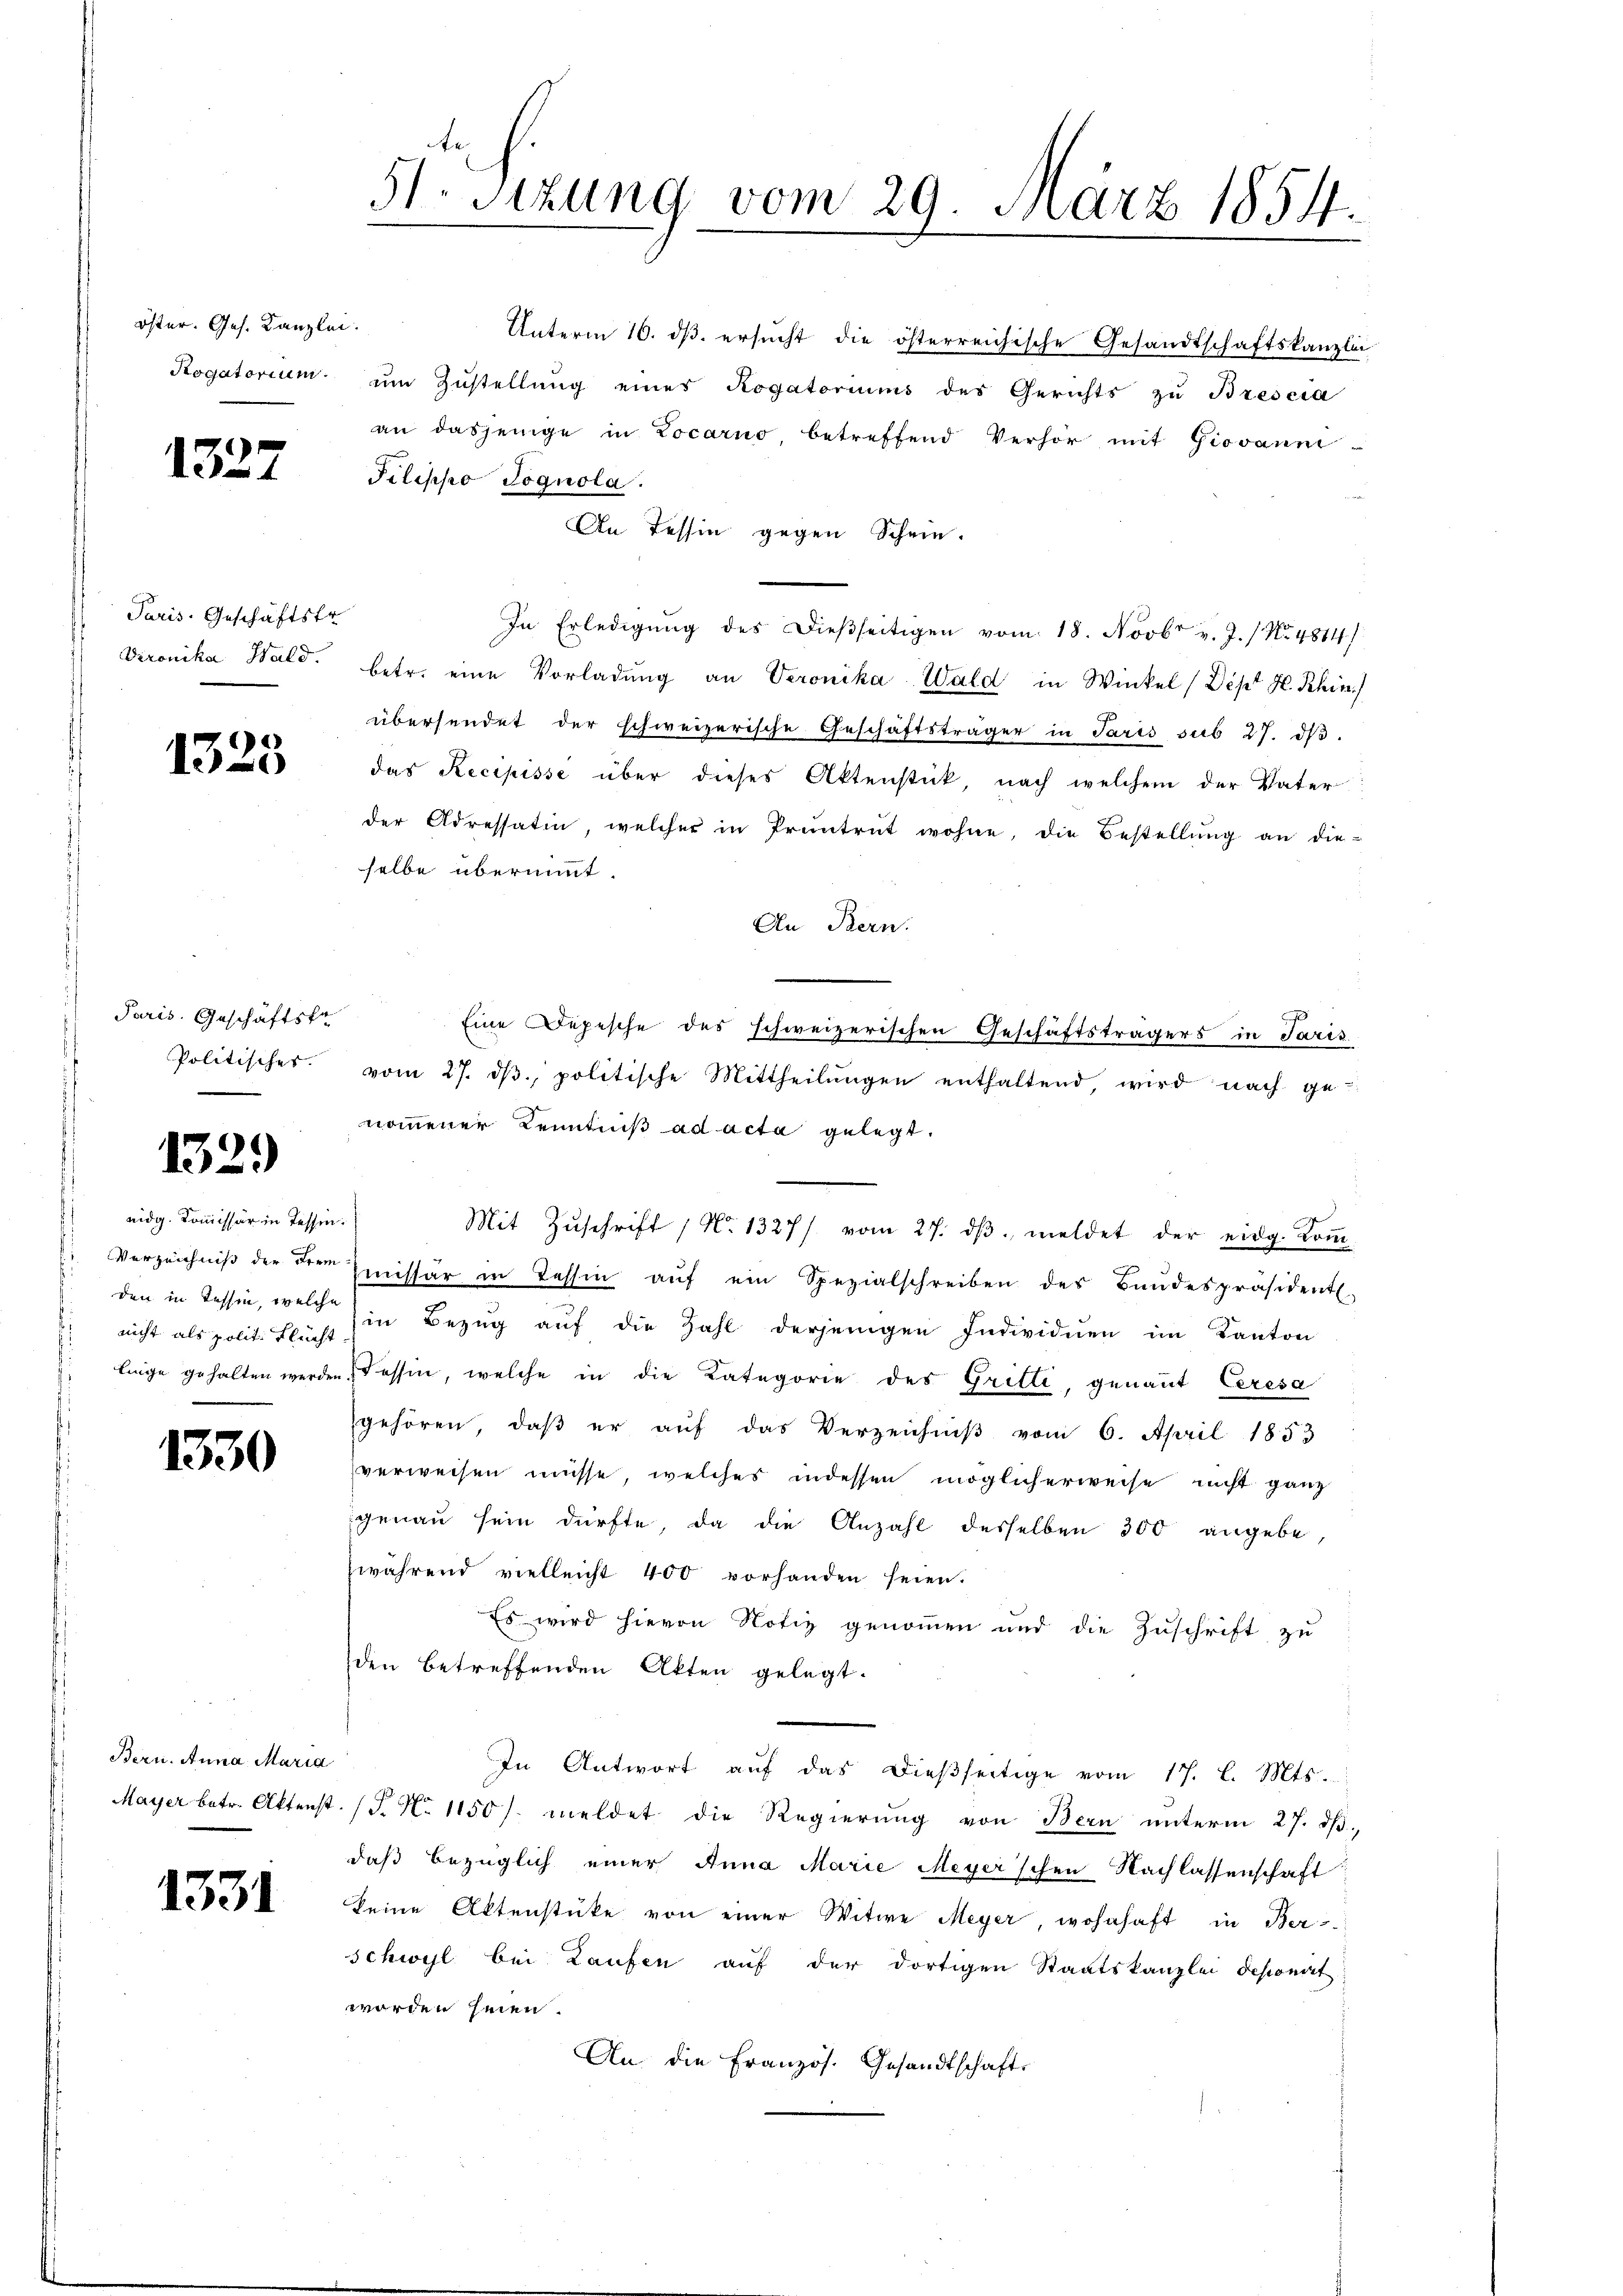
öster. Ges. Kanzlei.
Rogatorium

1327

Paris. Geschäftsfr.
Dironika Wald.

1325

Paris. Geschäftsfe
Politisches.

1329

eidg. Kommissär in Tessin.
Verzeichniß der Fremden in Tessin, welche
nicht als polit. Flucht
linge gehalten werden

1330

Bern. Anna Maria
Mayer betr. Aktenst

1331

51. Stzung vom 29. März 1854.

an dasjenige in Locarno, betreffend Verhör mit Giovann-
Pilippo Jognola.
An Tessin gegen Schein.
In Erledigung des dießseitigen vom 18. Novbr v. J. / No. 4814/
betr. eine Vorladung an Veronika Wald in Winkel (Dept H. Rhin)
übersendet der schweizerische Geschäftsträger in Paris sub 27. dβ.
das Recipisse über dieses Aktenstück, nach welchem der Vater
der Adressatin, welcher in Pruntrut wohne, die Bestellŭng an die-
selbe übernimmt.
An Bern.
Eine Depesche des schweizerischen Geschäftsträgers in Paris
vom 27. dβ. politische Mittheilŭngen enthaltend, wird nach ge-
nommener Kenntniß ad acta gelegt.
Mit Zŭschrift No 1327/ vom 27. dβ meldet der eidg. Koṁ-
missar in Tessin aŭf ein Spezialschreiben des Bundespräsident
in Bezug auf die Zahl derjenigen Individuen im Kanton
Fessen, welche in die Kategorie des Gritte, genant Ceresa
gehören, daß er auf das Verzeichniβ vom 6. April 1853
verweisen müsse, welches indessen möglicherweise nicht ganz
genau sein dürfte, da die Anzahl desselben 300 angebe
zwährend vielleicht 400 vorhanden seien.
Es wird hievon Notiz genommen und die Zuschrift zu
den betreffenden Akten gelegt.
In Antwort aŭf das dießseitige vom 17. l. Mts.
P. No 11501. meldet die Regierung von Bern unterm 27. ds.,
daß bezüglich einer Anna Marie Meyer'schen Nachlassenschaft
keine Aktenstüke von einer Witwe Meyer wohnhaft in Ber
schwyl bei Laufen auf der dortigen Staatskanzlei deponat
worden seien.
An die Französ. Gesandtschaft.

Unterm 10. dβ. ersucht die österreichische Gesandtschaftskanzlei
um Zustellung eines Rogatoriums des Gerichts zu Brescia